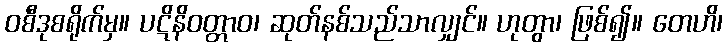
ဝစီဒုစရိုက်မှ။ ပဋိနိဝတ္တာဝ၊ ဆုတ်နစ်သည်သာလျှင်။ ဟုတွာ၊ ဖြစ်၍။ တေဟိ၊